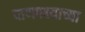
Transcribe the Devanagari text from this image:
पाणपक्ष्याच्या